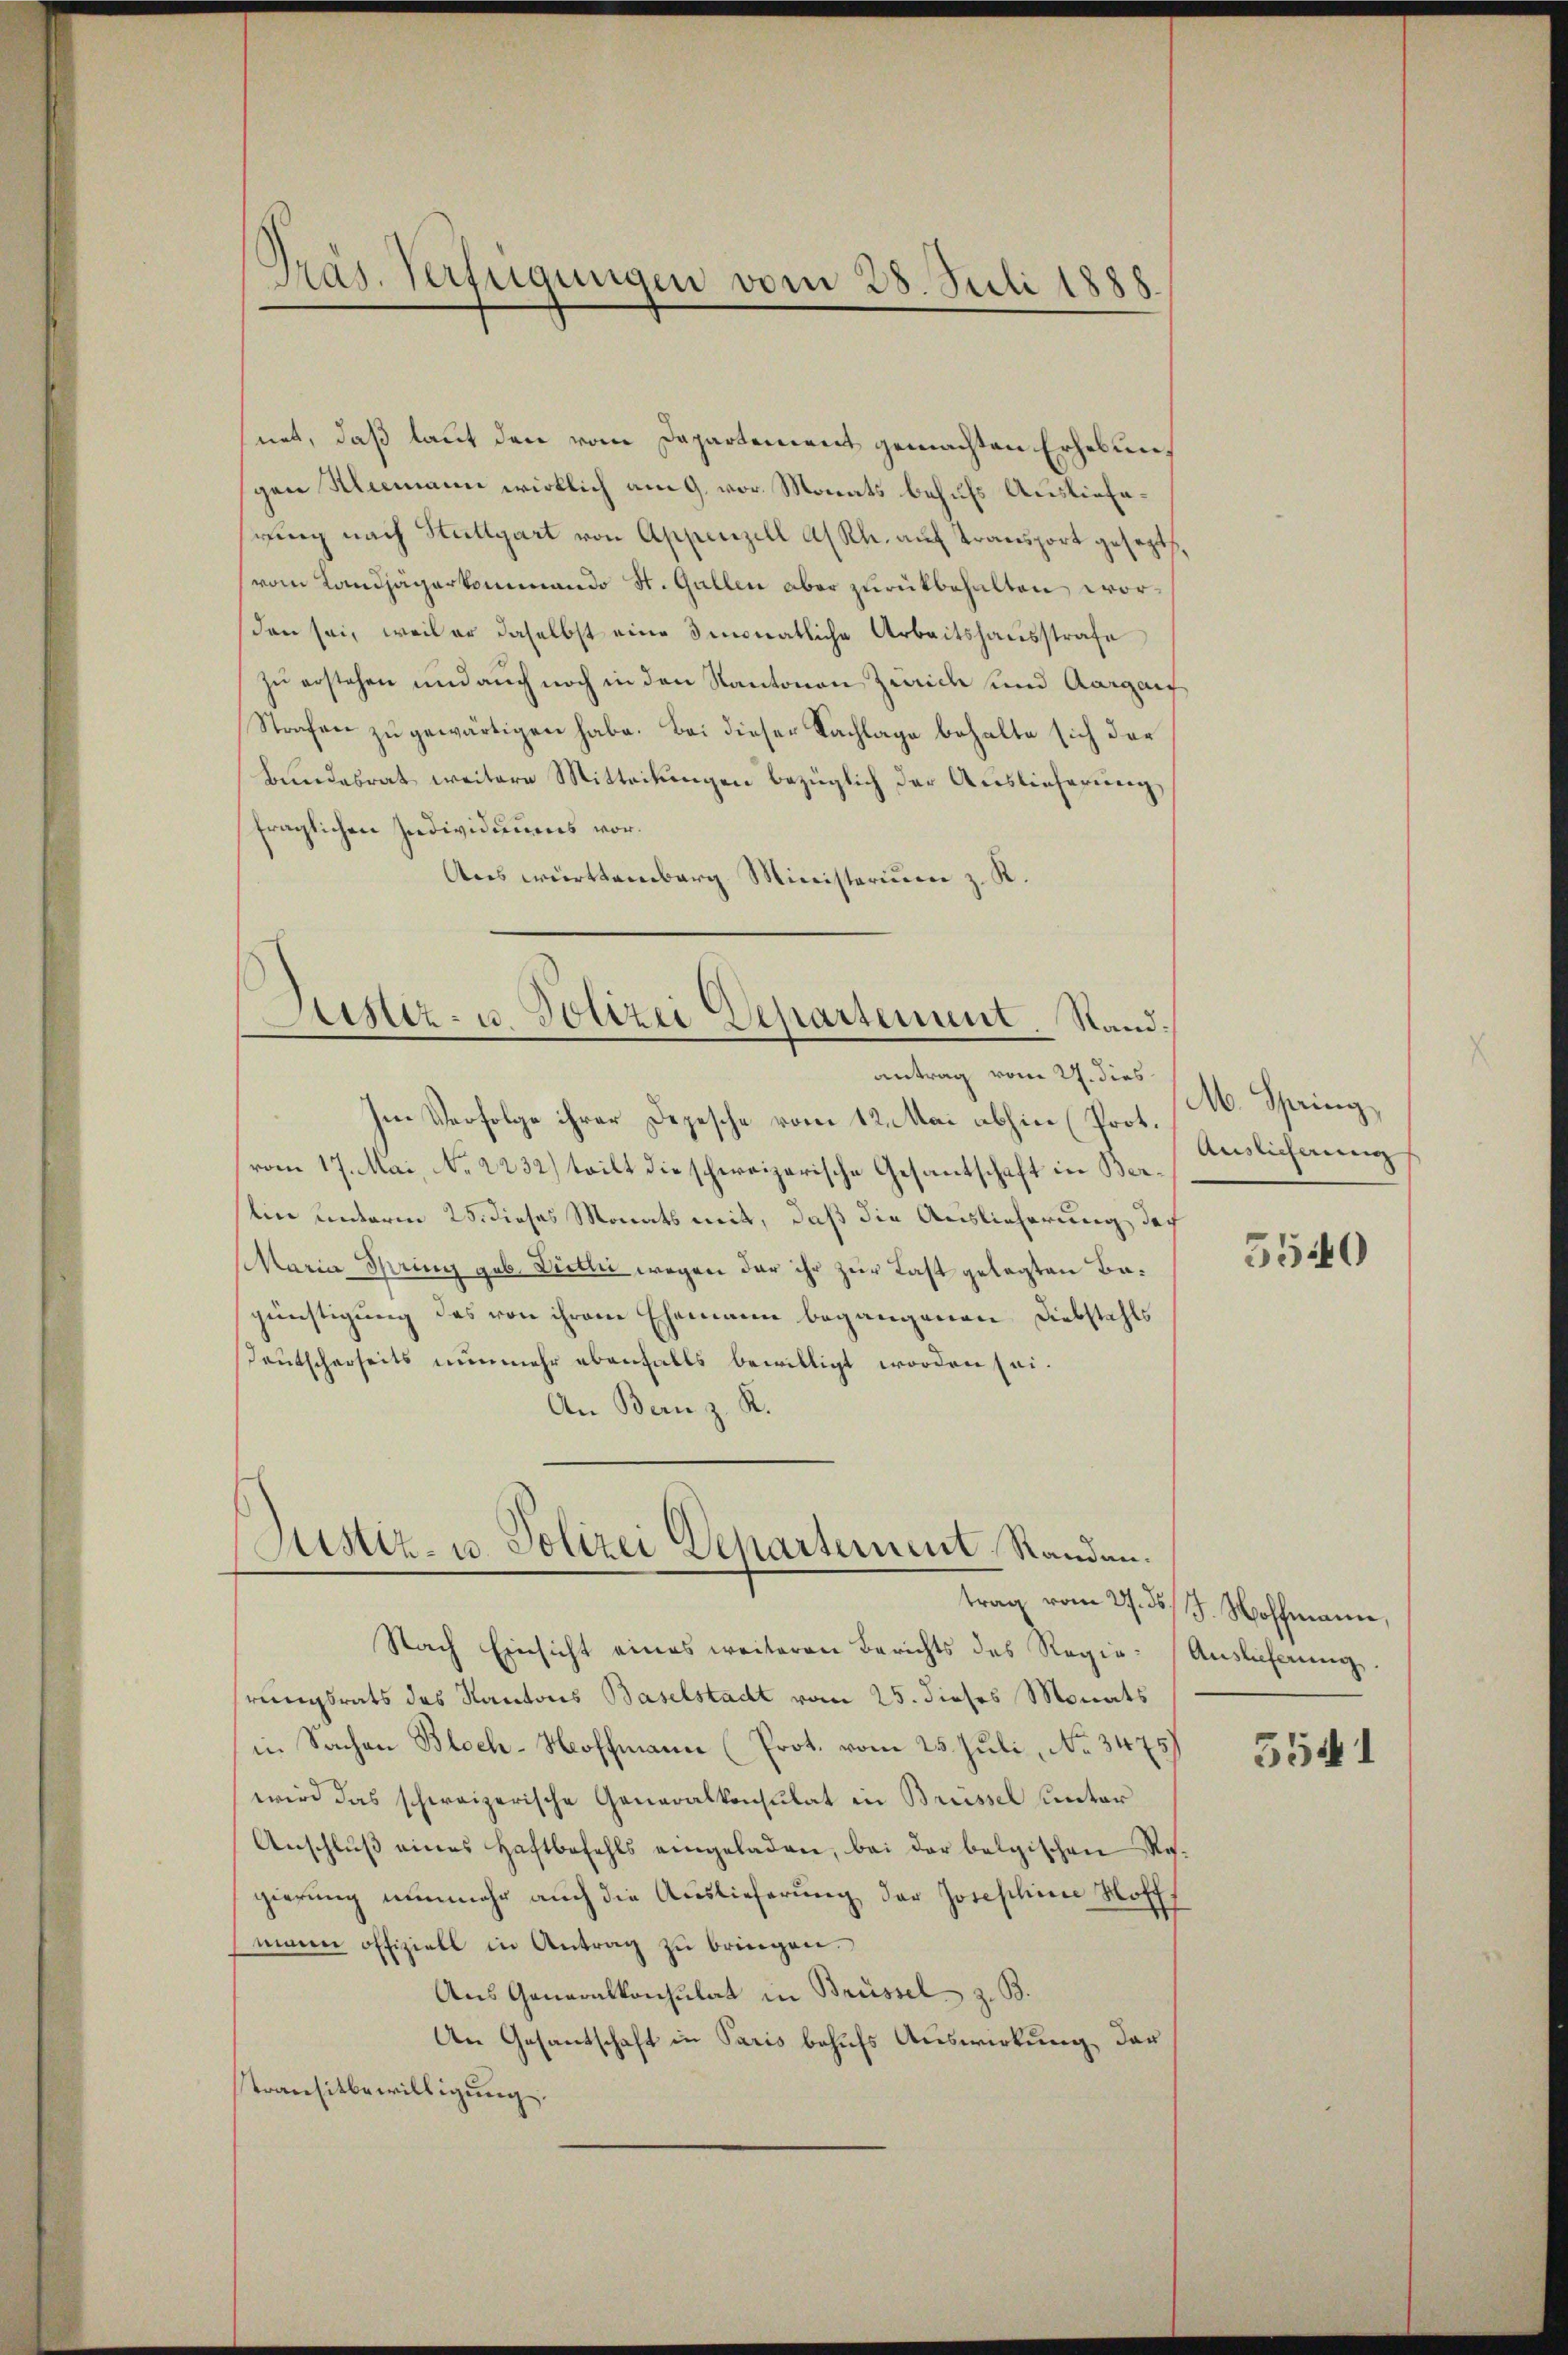
Präs. Verfügungen vom 28. Juli 1888.

net, daß laut den vom Departement gemachten Erhebungen Klimann wirklich am 9. vor Monats behufs Auslieferung nach Stuttgart von Appenzell A/Rh. auf Transport gesezt.
vom Landjägerkommando St. Gallen aber zurückbehalten worden sei, weil er daselbst eine monatliche Arbeitshausstrafe
zu erstehen und auch noch in den Kantonen Zürich und Aargau
Strafen zu gewärtigen habe. Bei dieser Nachlage behalte sich der
Bundesrat weitere Mitteilungen bezüglich der Auslieferung,
fraglichen Individuums vor¬
Aus württemberg Ministerium z. R.

Justiz- u. Polizei Departement. Stand.
antrag vom 21. dies

M. Spring,
Auslicherung

Im Verfolge ihrer Depesche vom 12. Mai abhin (Prot.
vom 17. Mai No 2232) teilt die schweizerische Gesantschaft in Berlin unterm 25. dieses Monats mit, daß die Auslieferung der
Maria Spring geb. Dietli wegen der ihr zur Last gelegten Bagünstigung des von ihrem Ehemann begangenen Diebstahls
Deutscherseits nunmehr ebenfalls bewilligt worden sei.
An Bern z. R.

5540

Justiz- u. Polizei Departement Standen.

trag vom 27. ds. J. Hoffmann,

Nach Einsicht eines weiteren Berichts des Regie-Auslieferung.
rungsrats des Kantons Baselstadt vom 25. dieses Monats
in Sachen Bloch-Hoffmann (Prot. vom 25. Juli, No 3475
wird das schweizerische Generalkonsulat in Brüssel unter
Anschlŭβ eines Haftbefehls eingeladen, bei der belgischen Res.
gierung nunmehr auch die Auslieferung der Josephine Hoff
mann offiziell in Antrag zu bringen.
Aus Generalkonsulat in Brüssel z. B.
An Gesantschaft in Paris behufs Auswirkung der
transitbewilligung.

5541